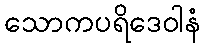
သောကပရိဒေဝါနံ